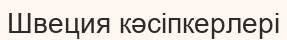
Швеция кәсіпкерлері